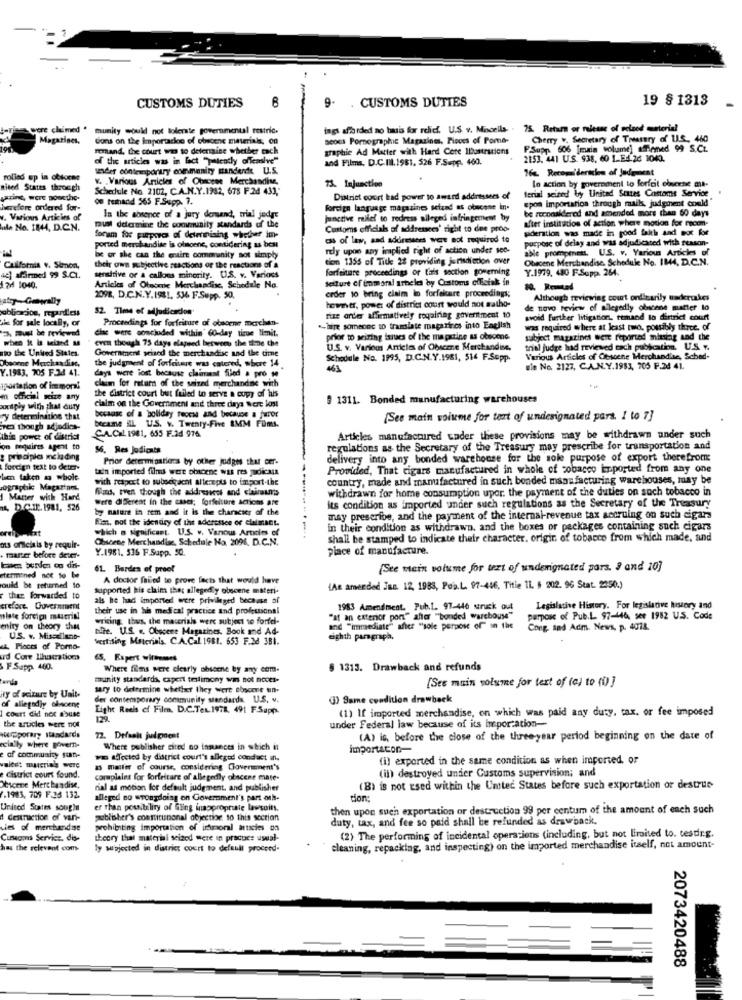
CUSTOMS DUTIES
9-
. CUSTOMS DUTIES
19 § 1313
were claimed .
munity would not tolerate governmental restric.
ings afforded no basis for relief. U.S. v. Miscella-
75. Return or release of velaod material
Magazines.
Cons on the importacion of obscene materials, 00
seoss Pornographic Magazines, Pieces of Pomo-
Cherry w. Secretary of Treasury of LLS_ 460
remand, the court was to determine whether cach
graphic Ad Matter with Hard Core IDontrations
P.Supp 606 [main volume] affinned 99 S.CL.
of the articles was in fact "patently offensive"
and Films, D.C.III. 1981. 526 F.Sepp. 460.
2153. 441 U.S. 938. 60 1. Ed.26 1040.
sider contemporary chemienity mandende U.S.
16. Recomidertien of Judgment
rolled op in obsom
V. Various Articles of Obscene Merchandise,
73. Injunction
sited States through
Schedule No. 2102, C.A.N.Y.1982, 678 F.24 433,
ferial seized by United States Costoms Service
lo action by government to forfait einerse ma-
LaTine, wore Boucthe-
00 ruhaod 565 F.Supp. 7.
District court kad power to award addressees of
spos importarios through maik, judgment could
herefore ordered for-
foreign language magazines setend as obnesse in.
be reconakdered and amended more than 60 days
w. Various Articles of
In the absence of a jury demand, trial jedre
junctive relief to redress aileged infringement by
after institution of action where motion for recon-
ul. No. 1844, D.C.N.
foram for purposes of determining whether im-
rust determine the community standards of the
Customs official of addrenees' right to dee proo-
sidenation was made in good faith and not for
css of law, sad adóretters were not required to
purpose of delay and was adjudicated with season-
ported merchandise is olmoene, contidering as bca
rely upon any implied right of action under sec-
able prompmess. U.S. v. Various Articles of
be or she can the entire community sot simply
tion 1355 of Title 28 providing jurisdiction over
Obscene Merchandise. Schodule No. IM4, D.C.N.
their own subjective reactions of the reactions of a
forfaitare proceedings or l'ais section governing
Y.1979. 480 F.Supp. 264.
4) afinmed 99 S.C.
sensitive or a callous minority. U.S. v. Varioss
seiture of immoral arbeles by Customs offeink in
124 1040.
Articles of Olsome Merchandise, Schedule No.
order to bring claim io forfeitare proceedings;
2098, D.C.N.Y.1981, 536 F.Supp. 50.
Although reviewing court ordinarily naderukes
52. Tiene of adjudicadon
however, power of district court would not satho-
de novo review of allegedly obscene matter lo
sie for sale locally, or
Proceedings for forfeiture of obsorne merchan-
rize order affirmatively requiring government 10
avoid Further litigation, etmand lo district court
3, must be reviewed
- -- with -- day time limit.
"hire someone to translate magazines into English
was required where at least two, possibly three, of
when it la seined M
even though 75 days elapsed between the tiene the
prior to seizing issues of the mapitine as obscene
subject magazine were reported mining and the
to the United States.
Government seland the merchandise and the time
U.S. v. Various Articles of Obseme Merchandise,
trial judge had reviewed cach publication. U.S. ..
Obsonne Merchandise,
the judgment of forfaitaire was catered, where 14
Schedule No. 1995, D.C.N.Y.1981, 514 F.Sepp.
Various Articles of Obscene Merchandise, Sched-
Y.1983, 705 F.3.4 41.
ule No. 2127, C.A.N.Y.1983, 705 F.24 41.
claim for return of the seized merchandise with
days were lost because claimant filed a pro se
iportation of immoral
m official mize any
the district court but failed to serve a copy of huis
claim on the Government and three days wert lost
9 1311. Bonded manufacturing warehouses
conspiy with that duty
ry determinition that
because of a holiday feces and because a furor
became IL U.S. v. Twenty-Five 8MM Füms.
[See main voiume for teart of undesignated pars. 1 to 7]
ven though adjedics-
this power of district
CAL COL 1981, 655 F.2d 976
Articles manufactured under these provisions may be withdrawn ander such
on requires apent to
56. Res Jodicats
regulations as the Secretary of the Treasury may prescribe for transportation and
: precipla mclading
Prior determinatiens by other judges that cer-
delivery into any bonded warehouse for the sole purpose of export therefrom:
foreign text to deter-
tain imported filmd were obscene was res judicais
Provided, That cigars manufactured in whole of tobacco imported from any one
be taken a whole
with respect to subseigacht alterepts to import-the
country, made and manufactured in such bonded manufacturing warehouses, may be
ographic Magarines
Wlans, even though the addressest and claimun's
withdrawn for home consumption upor. the payment of the duties on such tobacco in
I Manter wich Hard
Were different In the cases; forfelture actions are
its condition as imported under such regulations as the Secretary of the Treasury
4, D.C.1. 1981, 526
by nature in rem and it is the character of the
Fim, not the idendry of the aderesses or claimant.
may prescribe, and the payment of the internal-revenue tax accruing on such cigars
which a significant. U.S. v. Vanous Artcies of
in their condition as withdrawn, and the boxes or packages containing such cigars
Choicene Merchandise, Schedule No. 2096. D.C.N.
shall be stamped to indicate their character. origin, of tobacco from which made, and
os oficiais by requir-
Y.1981. 336 F.Supp. 50.
place of manufacture.
. manter before deter
61 Burden of proet
(See mein volume for text of underignated pars. 3 and 10]
etermined not to be
A doctor failed to prove facts that would have
could be returned
supported his claim that allegedly obscene materi-
(As amended Jan. 12, 1988, Pop.L. 97-446, Title 11. # 202. 96 Stat. 2050.)
the forwarded to
als he had imported were privileged because af
crefore. Government
their use in his medical practice and professional
1983 Amendment. Pub.L. 97-446 struck out
Legislative History. For legislative history and
wlate forcip mustrill
writing thus, the materials were subject to forfe-
"af an exterior por" after ""bonded warehouse"
purpose of Pub.L. 97-446, ser 1982 U.S. Code
enity on theory that
te. U.S. .. Obscene Magazines. Book and Ad-
and "immediate" after "sole purpose of" in the
Cong. and Adm. News, p. 4018.
U.S. v. Miscellant-
Vertising Materials, C.A.Cal 1981. 653 F.3d 381.
eighth paragraph.
4& Pieces of Porno-
rd Core Illustration
65. Expert wittemes
FSapp 460.
Where films were clearly obscene by any com.
$ 1313. Drawback and refunds
munity standards, capert testimony was not noces-
(See muin solume for text of (a) to (0) ]
ity of acitare by Unit.
sary to determine whether they were obscene un-
der contemporary community standards U.S. v.
() Same condition drawbeck
of allegedly ofscene
Eight Reels of Filen. D.C.Tex.1978. 491 FSapp.
(1) If imported merchandise, on which was paid any duty, tax, or fee imposed
I court did not abuse
129.
the articles were not
under Federal law because of its importation-
Herporary Handards
72. Defaalt judgment
(A) is, before the close of the three-year period beginning on the date of
ecially where governi-
Where publisher cited no iamances in skich it
importacon-
e of community sum-
wa Affected by district court's alleged conduct in.
(i) exported in the same condition as when imported or
valeet marsring were
asmaller of course, considering Government's
(in) destroyed under Customs supervision; and
e district court found.
complaint for forfeitare of allegedly obscene mate-
Obscene Merchandise,
rial as motion for default judgment, and publisher
(B) is not used within the United States before such exportation or destrue
7.1983, 709 F.36 132.
alleged no wrongdoing on Government's part oth-
tion:
United States soug)
er than possibility of Gling inappropriate lawsuits.
then upon such exportation or destruction 99 per centum of the amount of each such
1 destruction of vant-
publisher's constitunonal objection to this section
duty, tax, and fee so paid shall be refunded as drawback,
ties of merchandise
prohibiting importation of immoral articles os
Cunegons Service, dis-
theory that material seized were in practice usual-
(2) The performing of incidental operations (including, but not limited to. tesdr.g.
has the relevant com.
ly subjected in district court to default proceed-
eleaning, repacklag, and inspecting) on the imported merchandise itself, not amount-
2073420488